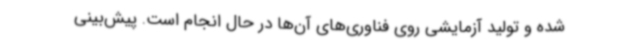
شده و تولید آزمایشی روی فناوری‌های آن‌ها در حال انجام است. پیش‌بینی